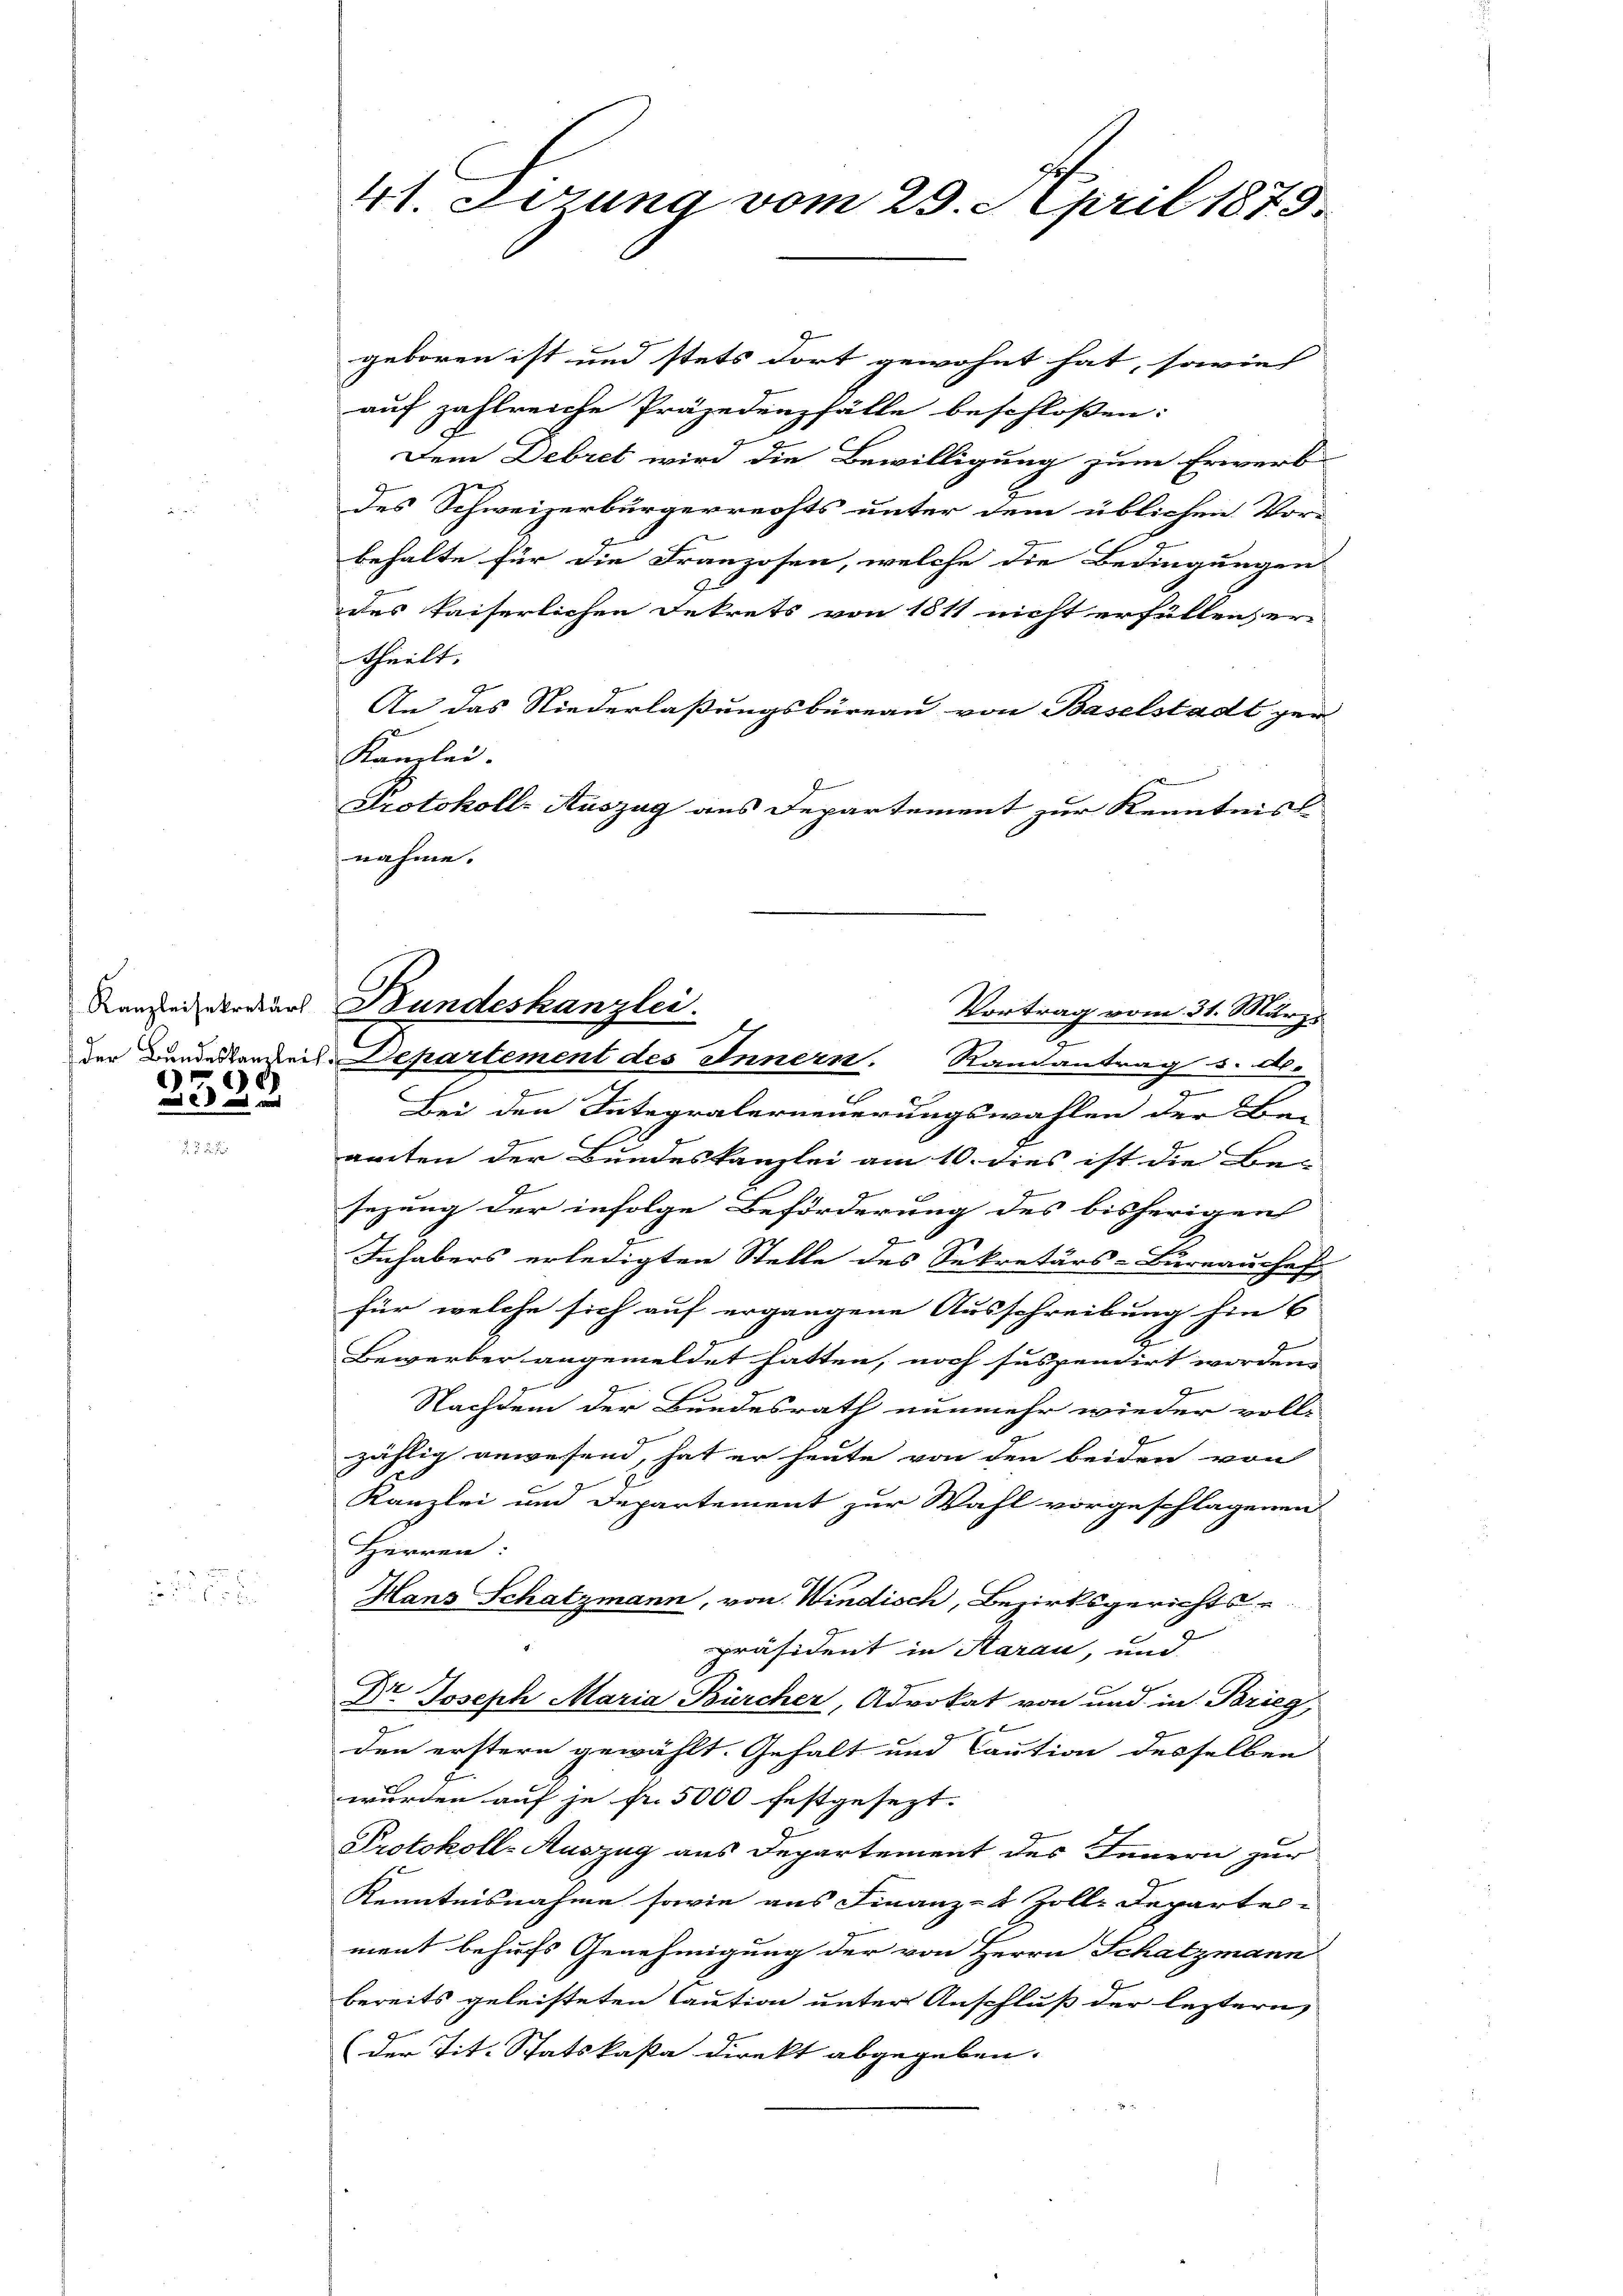
e

2x

41. Dezung vom 29. April 1875.

geboren ist und stets dort gewohnt hat, sowie
auf zahlreiche Präjedenzfälle beschloßen:
Dem Debret wird die Bewilligung zum Erwerb
e
des Schweizerbürgerrechts unter dem üblichen Vor-
behalte für die Franzosen, welche die Bedingungen
des kaiserlichen Betrets von 1811 nicht erfüllen, er-
theilt.
An das Niederlaßungsbüreau von Baselstadt zer-
Kanzlei.
Protokoll- Auszug aus Departement zur Kenntnis
nahme.
der Bundestordreis-Departement des Innern. Randantrag s. d.
Bei den Integralerneuerungswahlen der Be-
amten der Bundeskanzlei am 10. dies ist die Be-
4
sezung der infolge Beförderung des bisherigen
J
Inhabers erledigten Stelle des Sekretärs-Bureauschaf
für welche sich auf ergangene Ausschreibung hin s
Bewerber angemeldet hatten, noch suspentirt worden.
Nachdem der Bundesrath nunmehr wieder voll-
zählig anwesend, hat er heute von den beiden von
Kanzlei und Departement zur Wahl vorgeschlagenen
Herren:
Hans Schatzmann, von Windisch, Bezirksgerichtse
präsident in Saran, und
Dr Joseph Maria Bürcher, Advokat von und in Prieg
den erstern gewählt. Gehalt und Caution desselben
wurden auf je fr. 5000 festgesezt.
Protokoll-Auszug aus Departement des Innern zur
Kenntnisnahme sowie aus Finanz-8 Zolle Departe
ment behufs Genehmigung der von Herrn Schatzmann
bereits geleisteten Caution unter Anschluß der leztern
(der Tit. Statskaßa direkt abgegeben.

Kanzlei derars Bundeskanzlei.
Vortrag vom 31. März
.